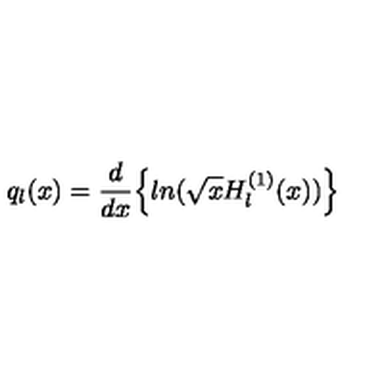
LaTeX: q _ { l } ( x ) = \frac { d } { d x } \Bigl \{ l n ( \sqrt { x } H _ { l } ^ { ( 1 ) } ( x ) ) \Bigl \}